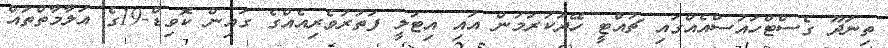
ތިނަދޫ ގެސްޓްހައުސްއެއްގައި ޗުއްޓީ ހޭދަކުރަމުން އައި އިޓަލީ ފަތުރުވެރިއެއްގެ ގައިން ކޮވިޑް-19ގެ އަލާމާތްތައް